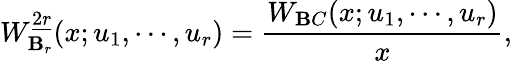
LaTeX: W_{\mathbf{B}_{r}}^{\underline{{{{2r}}}}}(x;u_{1},\cdots,u_{r})={\frac{{W_{\mathbf{B}C}(x;u_{1},\cdots,u_{r})}}{{x}}},